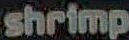
shrimp